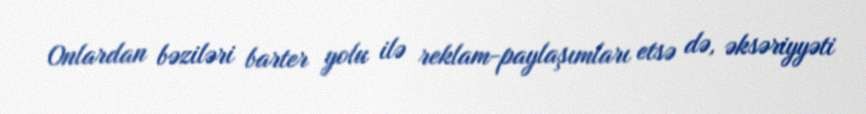
Onlardan bəziləri barter yolu ilə reklam-paylaşımları etsə də, əksəriyyəti